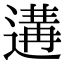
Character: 遘